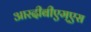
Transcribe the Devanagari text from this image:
आरदीबीएम्एस